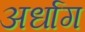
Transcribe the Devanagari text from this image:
अर्धाग